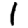
Digit: 1